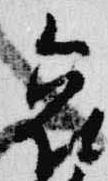
哀